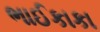
ભાઈકાકા